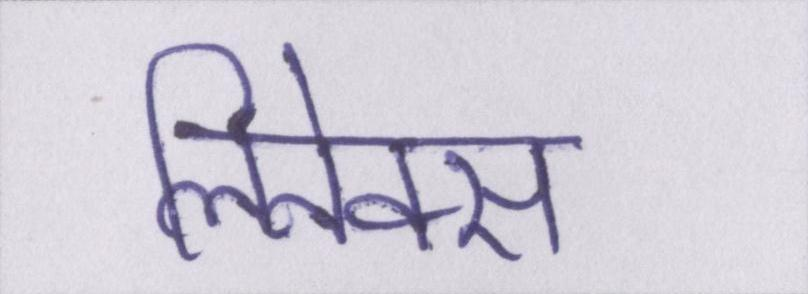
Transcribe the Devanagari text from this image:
लिनेक्स